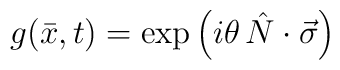
g(\bar{x},t) = \exp\left(i\theta\, \hat{N}\cdot\vec{\sigma}\right)